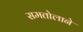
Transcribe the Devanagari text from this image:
समतोलाने